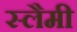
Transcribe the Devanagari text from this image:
स्लैमी